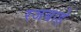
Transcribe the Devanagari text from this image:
रजबाड़े